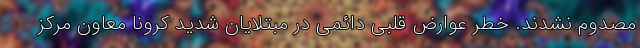
مصدوم نشدند. خطر عوارض قلبی دائمی در مبتلایان شدید کرونا معاون مرکز